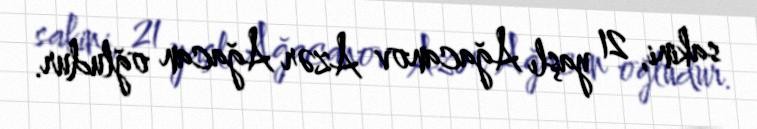
sakini, 21 yaşlı Ağacanov Azər Ağacan oğludur.